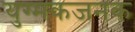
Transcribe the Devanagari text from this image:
युग्मकजनक